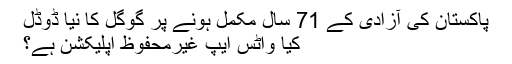
پاکستان کی آزادی کے 71 سال مکمل ہونے پر گوگل کا نیا ڈوڈل
کیا واٹس ایپ غیرمحفوظ اپلیکشن ہے؟